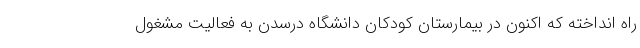
راه انداخته که اکنون در بیمارستان کودکان دانشگاه درسدن به فعالیت مشغول